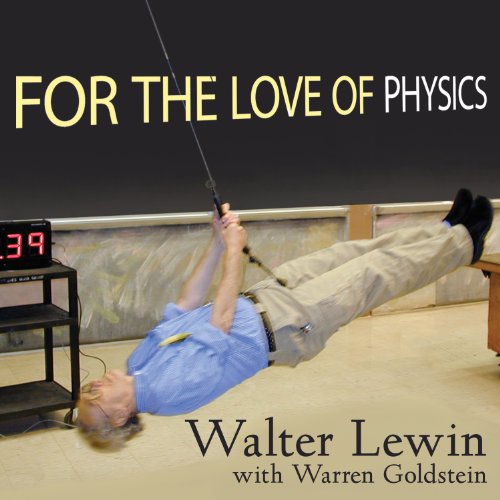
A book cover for For the Love of Physics: From the End of the Rainbow to the Edge of Time - A Journey Through the Wonders of Physics; Walter Lewin; Science & Math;